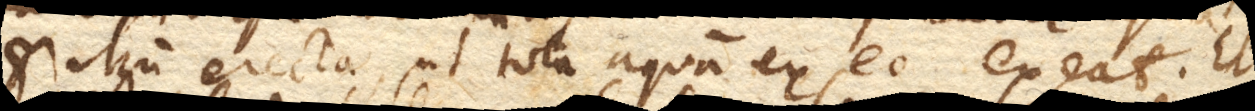
et iterum erecta, ut tota aqua ex ea exeat. Et